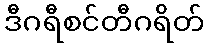
ဒီဂရီစင်တီဂရိတ်